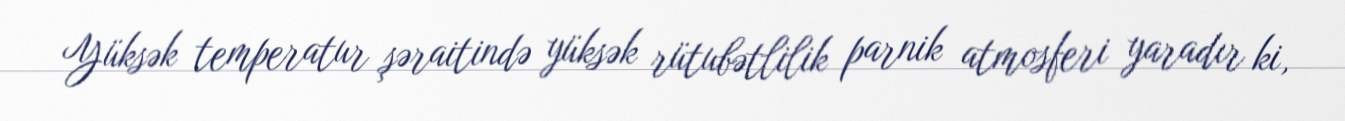
Yüksək temperatur şəraitində yüksək rütubətlilik parnik atmosferi yaradır ki,